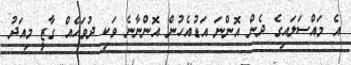
އެ މައްސަލައިގެ ދެން އޮންނަ އަޑުއެހުން އޮންނާނެ ވަކި ދުވަހެއް ގާޒީ މިއަދު